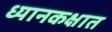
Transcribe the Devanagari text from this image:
ध्यानकक्षात